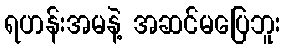
ရဟန်းအမနဲ့ အဆင်မပြေဘူး